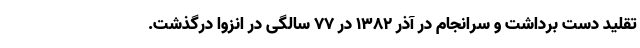
تقلید دست برداشت و سرانجام در آذر ۱۳۸۲ در ۷۷ سالگی در انزوا درگذشت.